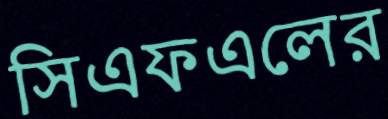
সিএফএলের